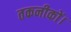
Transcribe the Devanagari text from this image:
तकनीकों।